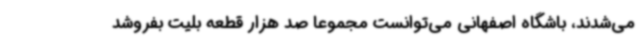
می‌شدند، باشگاه اصفهانی می‌توانست مجموعا صد هزار قطعه بلیت بفروشد